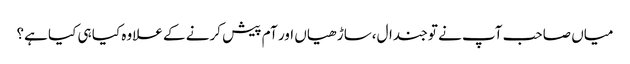
میاں صاحب آپ نے تو جندال،ساڑ ھیاں اور آم پیش کرنے کے علاوہ کیا ہی کیا ہے؟